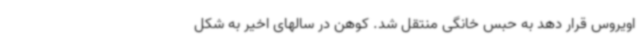
اویروس قرار دهد به حبس خانگی منتقل شد. کوهن در سالهای اخیر به شکل